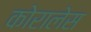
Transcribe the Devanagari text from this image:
कोरालेस